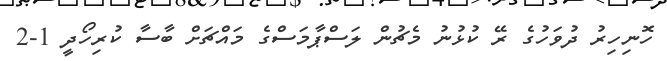
ހޮނިހިރު ދުވަހުގެ ރޭ ކުޅުނު މެޗުން ލަސްޕާމަސްގެ މައްޗަށް ބާސާ ކުރިހޯދީ 1-2